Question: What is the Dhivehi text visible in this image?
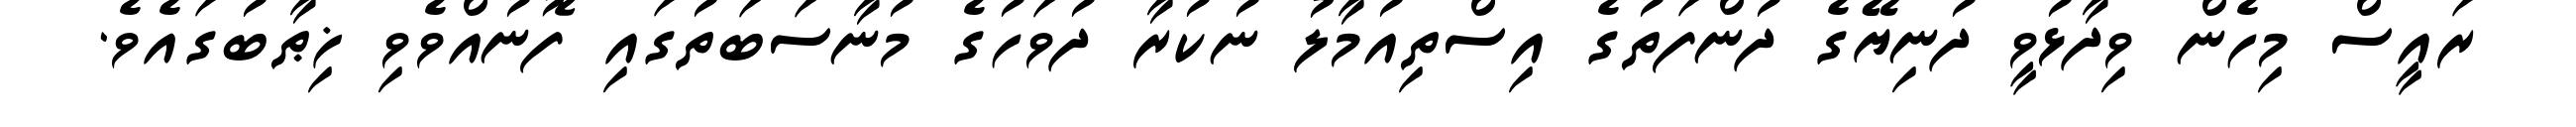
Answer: ރައީސް މިހެން ވިދާޅުވީ ދުނިޔޭގެ ދުންފަތުގެ އިސްތިއުމާލު ނުކުރާ ދުވަހުގެ މުނާސަބަތުގައި ފޮނުއްވެވި ޚިޠާބުގައެވެ.